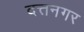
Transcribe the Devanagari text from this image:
दत्तनगर